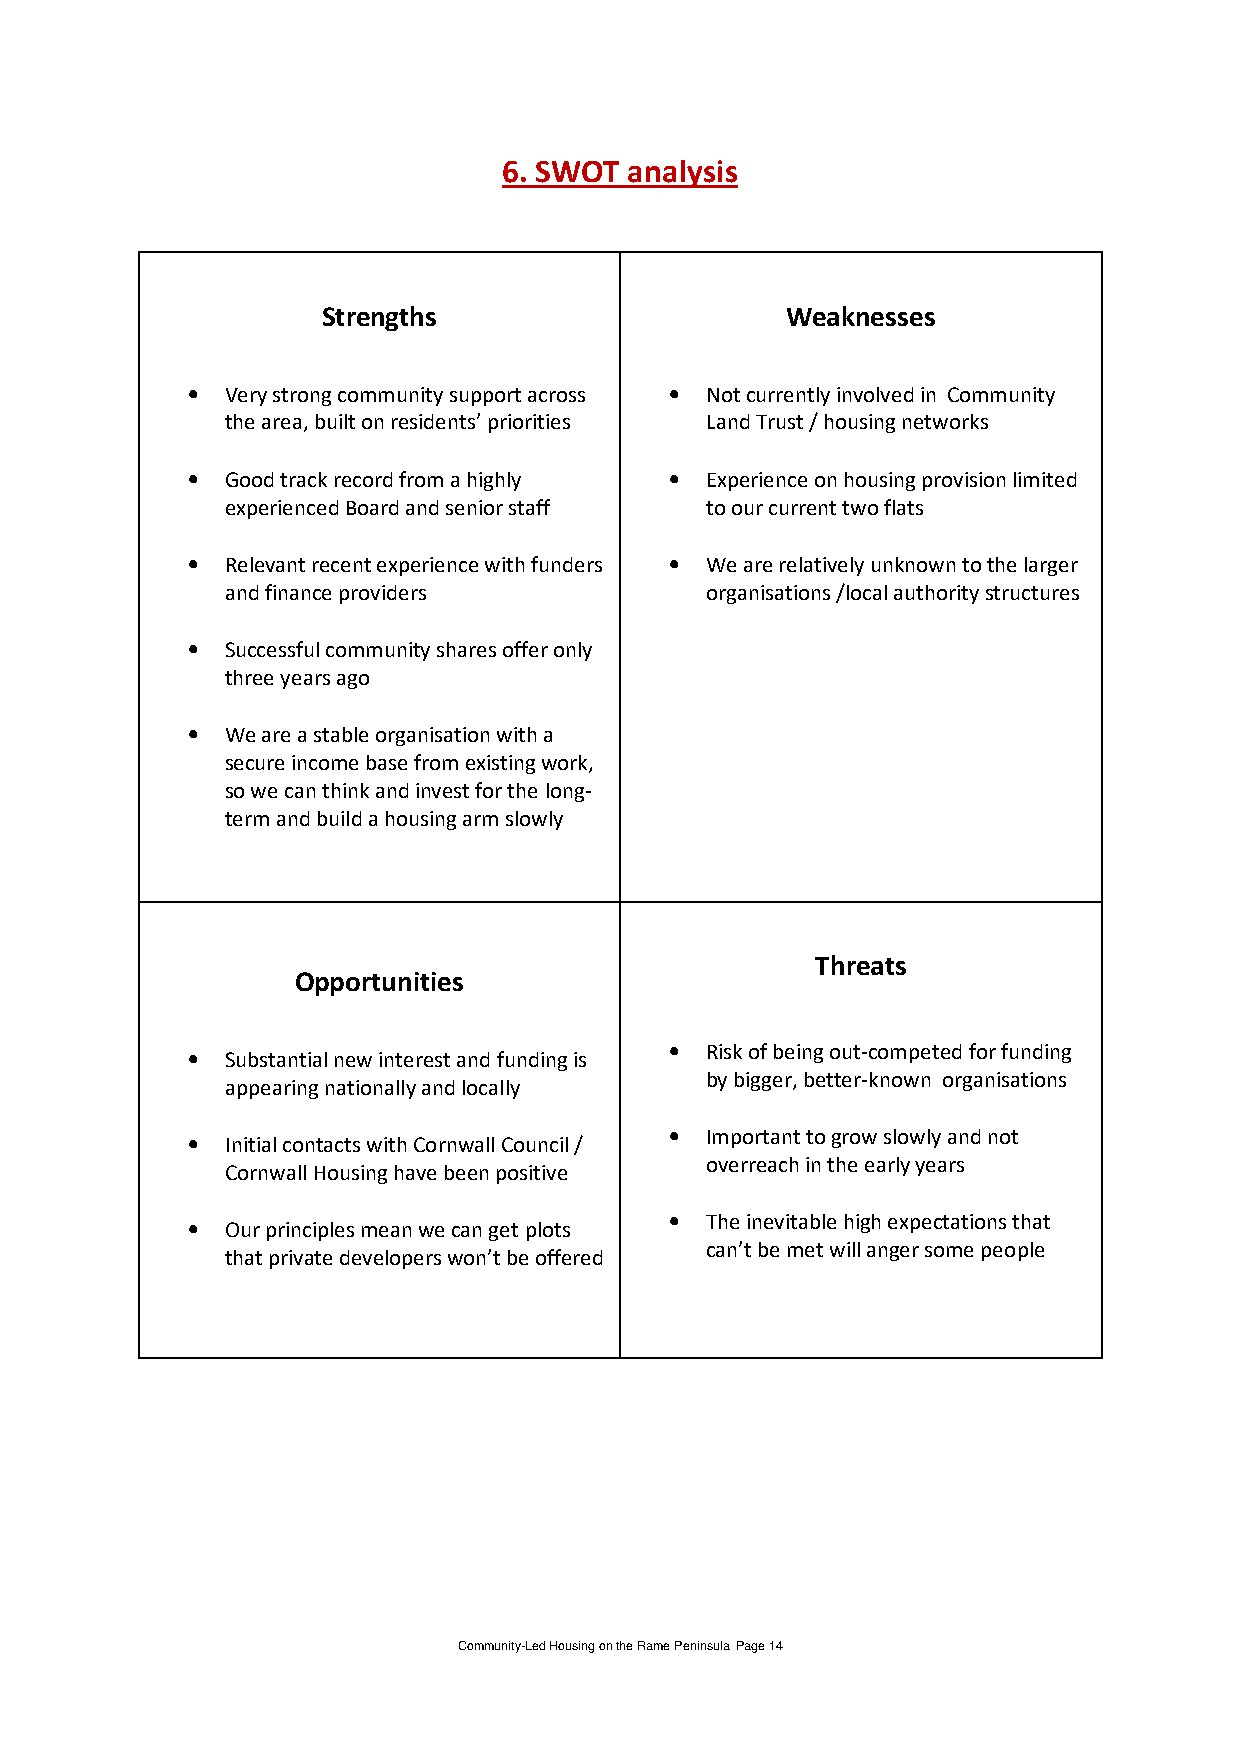
6. SWOT  analysis
 Strengths                      Weaknesses
 •  Very strong community support across • Not currently involved in Community
 the area, built on residents’ priorities Land Trust / housing networks
 •  Good track record from a highly • Experience on housing provision limited
 experienced Board and senior staff to our current two flats
 •  Relevant recent experience with funders • We are relatively unknown to the larger
 and finance providers           organisations /local authority structures
 •  Successful community shares offer only
 three years ago
 •  We are a stable organisation with a
 secure income base from existing work,
 so we can think and invest for the long-
 term and build a housing arm slowly
 Threats
 Opportunities
 •  Substantial new interest and funding is • Risk of being out-competed for funding
 by bigger, better-known organisations
 appearing nationally and locally
 •  Initial contacts with Cornwall Council / • Important to grow slowly and not
 overreach in the early years
 Cornwall Housing have been positive
 •  Our principles mean we can get plots • The inevitable high expectations that
 can’t be met will anger some people
 that private developers won’t be offered
 Community-Led Housing on the Rame Peninsula Page 14